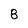
Character: 8